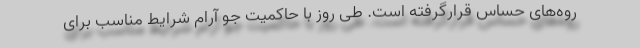
روه‌های حساس قرارگرفته است. طی روز با حاکمیت جو آرام شرایط مناسب برای